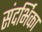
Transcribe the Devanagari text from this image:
संदर्भिका